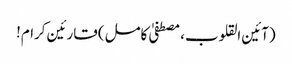
(آئین القلوب، مصطفیٰ کامل) قارئین کرام!